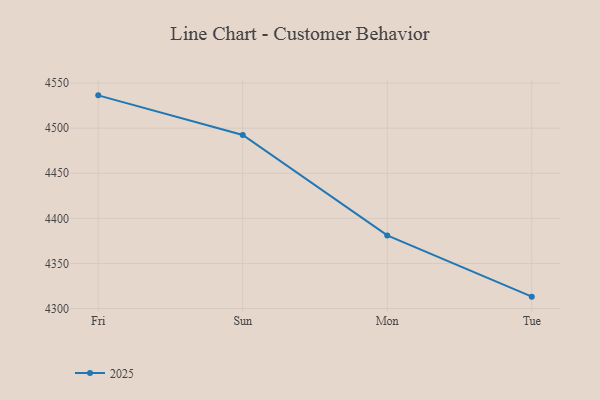
{"axis": {"x": "Day", "y": "Customer Acquisition Cost (USD)"}, "legend": ["2025"], "data": [{"x": "Fri", "y": 4536.4, "type": "2025"}, {"x": "Sun", "y": 4492.4, "type": "2025"}, {"x": "Mon", "y": 4381.1, "type": "2025"}, {"x": "Tue", "y": 4313.2, "type": "2025"}]}